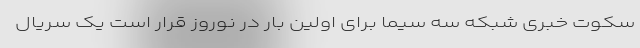
سکوت خبری شبکه سه سیما برای اولین بار در نوروز قرار است یک سریال